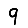
Digit: 9